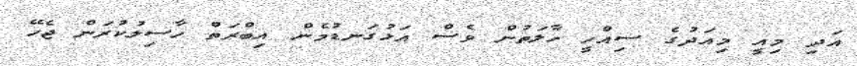
އަދި މިއީ މިއަދުގެ ސިއްހީ ހާލަތުން ވެސް އަޅުގަނޑުމެން އިބްރަތް ހާސިލުކުރަން ޖެހޭ